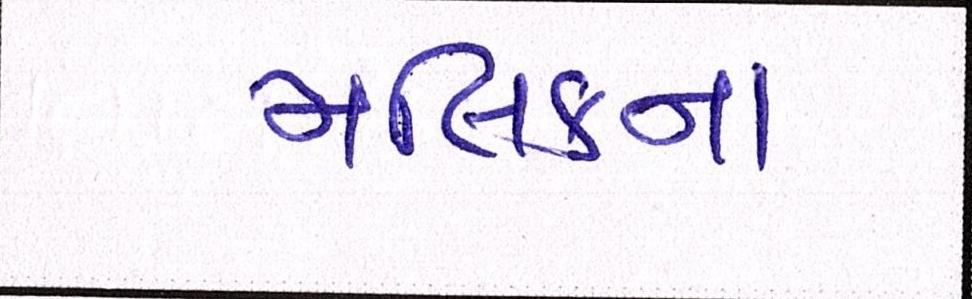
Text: મલિકના